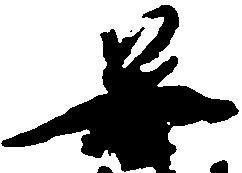
善